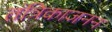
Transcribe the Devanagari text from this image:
तंत्रिकाजनन